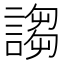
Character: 謅